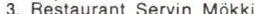
3. Restaurant Servin Mökki